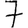
Digit: 7